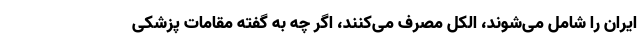
ایران را شامل می‌شوند، الکل مصرف می‌کنند، اگر چه به گفته مقامات پزشکی